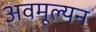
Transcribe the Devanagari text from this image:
अवमूल्‍यन